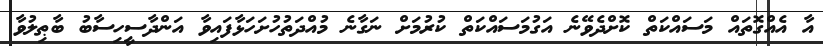
އާ އެއްގޮތައް މަސައްކަތް ކޮށްދެވޭނެ އަގުމަސައްކަތް ކުރުމަށް ނަގާނެ މުއްދަތުހުށަހަޅާފައިވާ އަންދާސީހިސާބު ބާޠިލުވާ